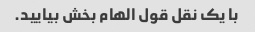
با یک نقل قول الهام بخش بیایید.